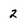
Character: 2